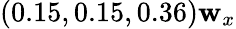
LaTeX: (0.15,0.15,0.36)\mathbf{w}_{x}